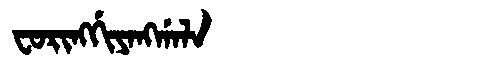
Manchu: ᠸᠣᡵᡳᠩᡤᡳᠶᠠᠩᡤᠠᠯᠠ
Romanization: FORINGGIYANGGALA